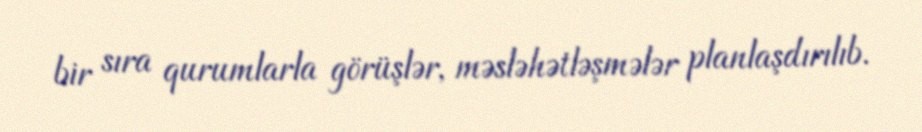
bir sıra qurumlarla görüşlər, məsləhətləşmələr planlaşdırılıb.